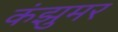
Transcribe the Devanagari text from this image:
कंझुमर